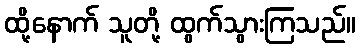
ထို့နောက် သူတို့ ထွက်သွားကြသည်။